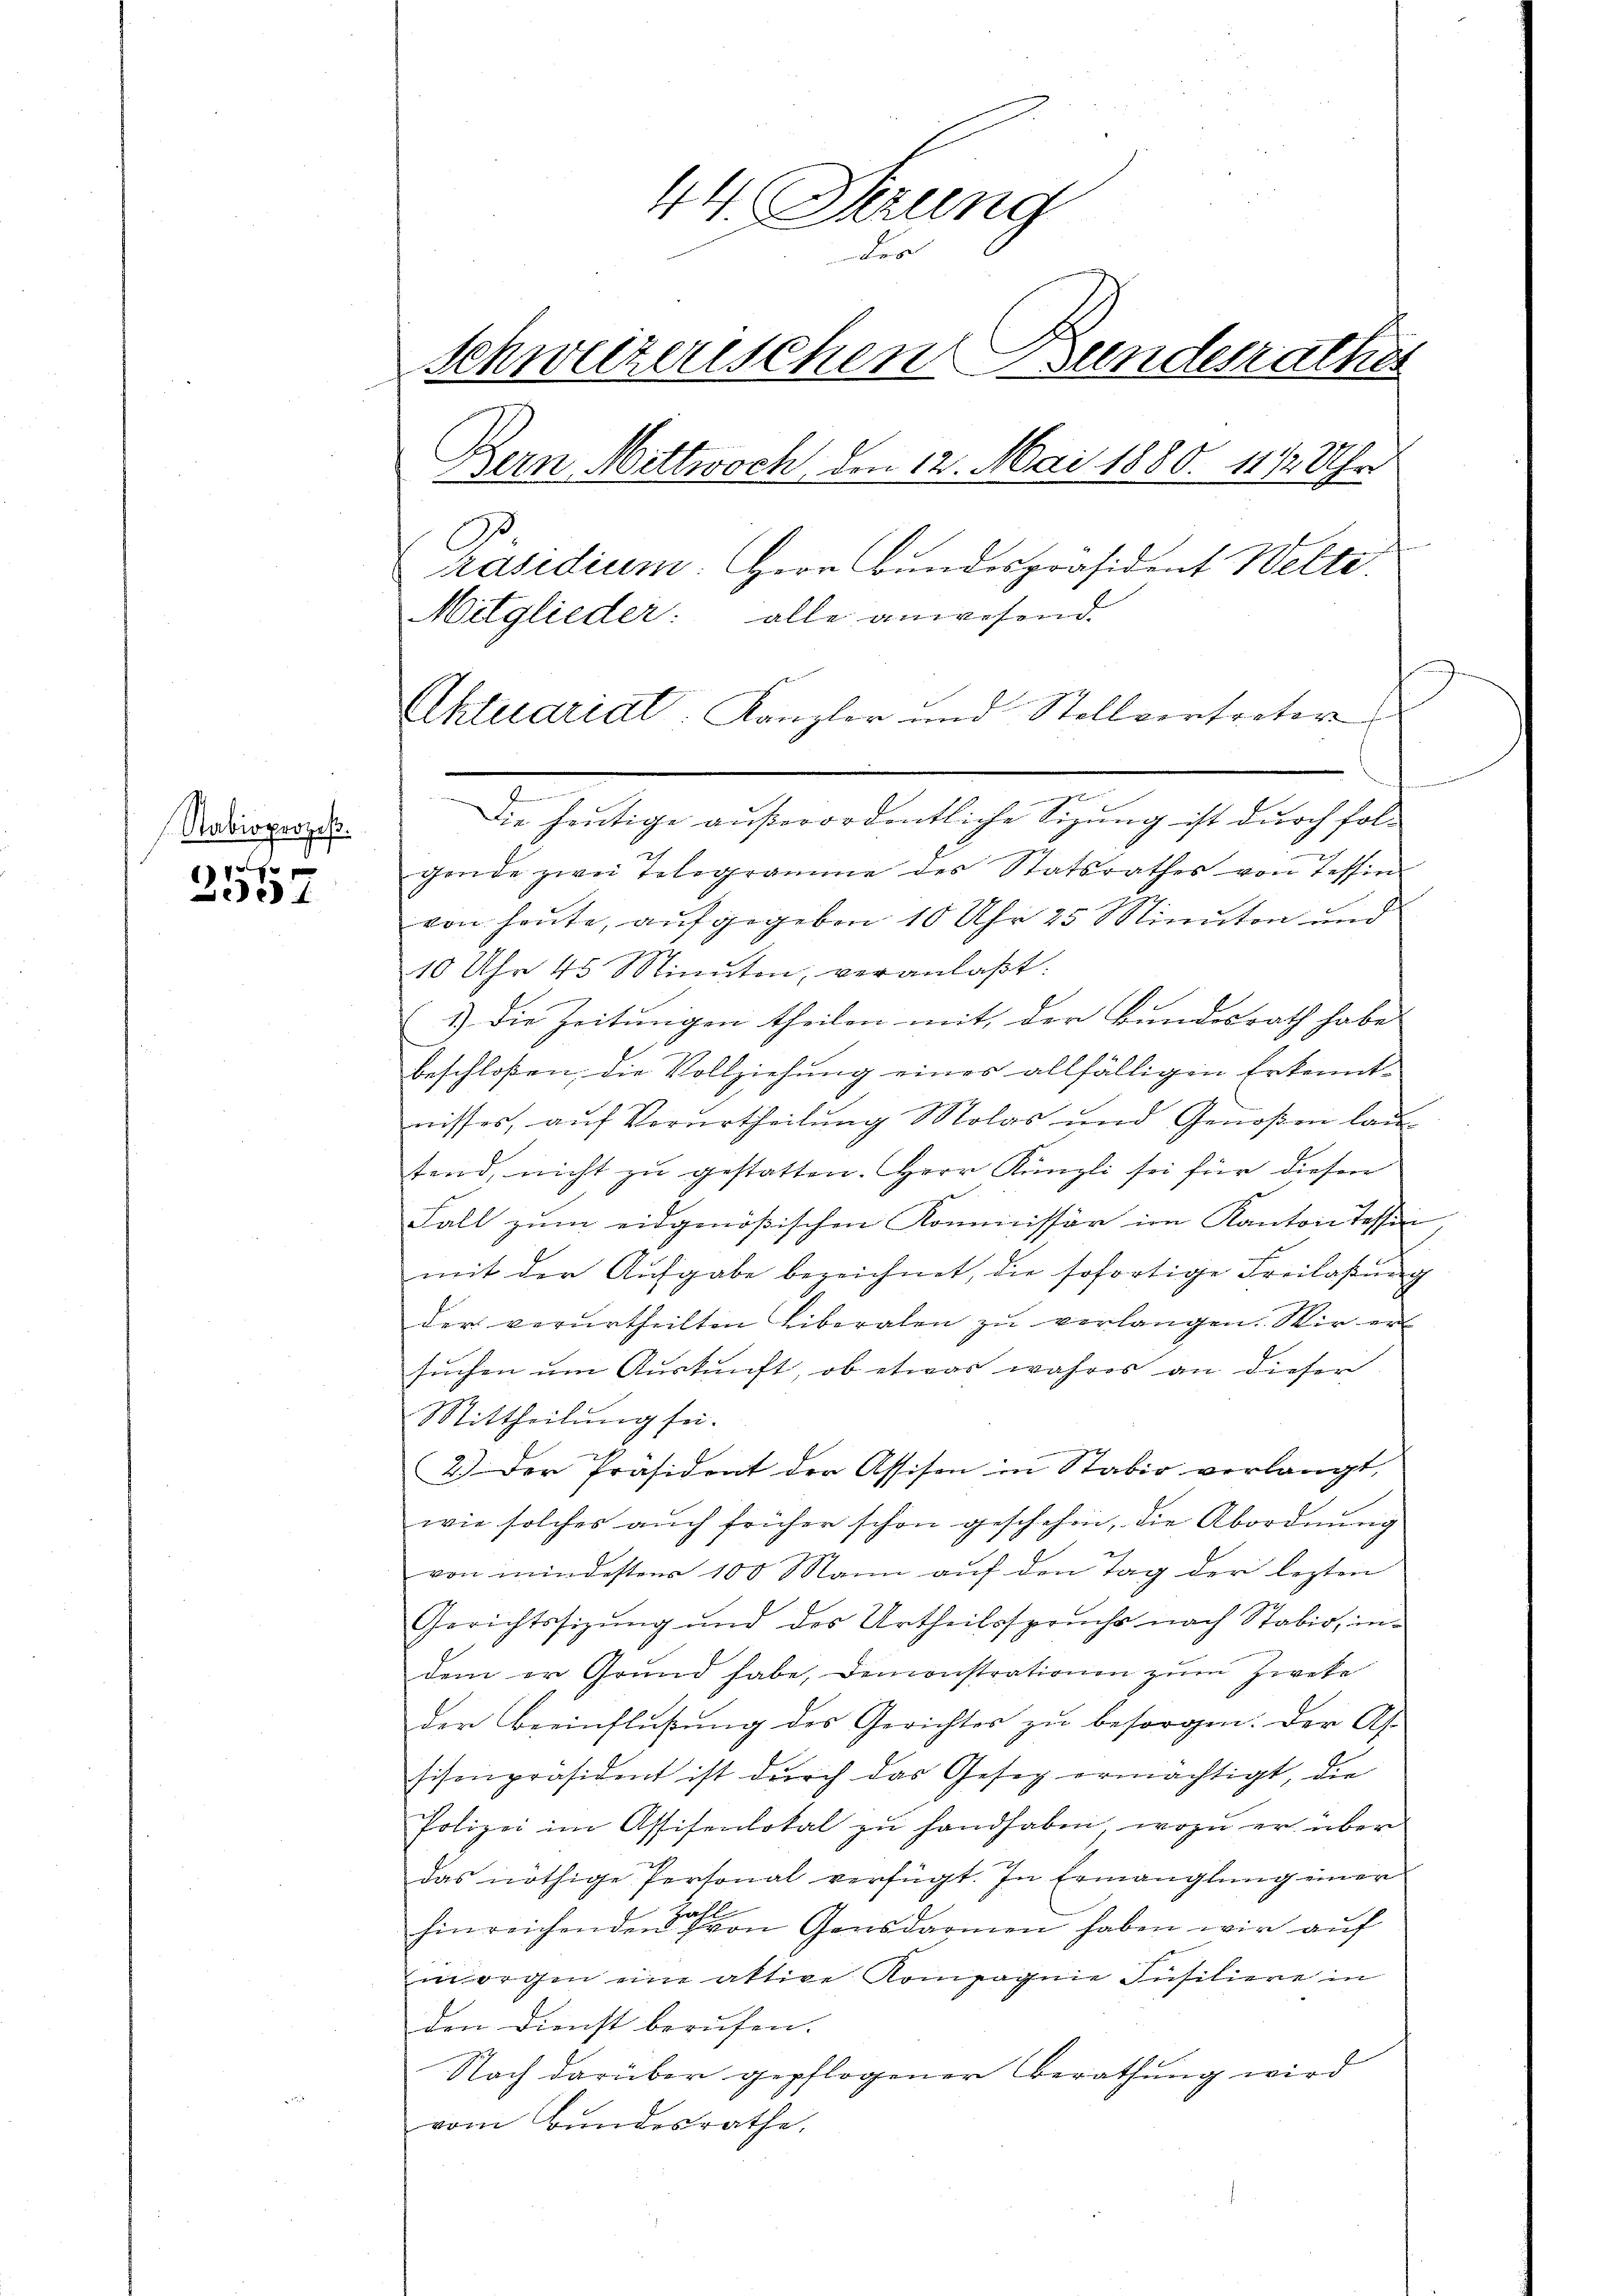
Nabioprozeß.
1

Seed

44. Ferung
des
Schweizerischen Bundesrathes
Bern Mittwoch, den 12. Mai 1880. 1112 Uhr
Präsidium. Herr Bundespräsident Welte
Mitglieder: alle anwesend.
Aktuariat Kanzler und Stellvertreter

Die heutige außerordentliche Sizung ist durch folgende zwei Telegramme des Statsrathes von Tessin
von heute, aufgegeben 10 Uhr 25 Minuten und
10 Uhr 45 Minuten, veranlaßt:
1.) Die Zeitungen theilen mit der Bundesrath habe
beschloßen, die Vollziehung eines allfälligen Erkenntnisses, auf Verurtheilung Molas und Genoßen lautend, nicht zu gestatten. Herr Künzli sei für dieser
Fall zum eidgenößischen Kommissär im Kanton Tessin,
mit der Aufgabe bezeichnet, die sofortige Freilaßung
der verurtheilten Liberalen zu verlangen. Wir er
suchen um Auskunft, ob etwas wahres an dieser
Mittheilung sei.
2.) Der Präsident der Assisen in Stabio verlangt,
wie solches aŭch früher schon geschehen, die Abordnŭng
von mindestens 100 Mann auf den Tag der lezten
Gerichtssizung und des Urtheilsspruche nach Stabio, indem er Grund habe, Demonstrationen zum Zweke
der Beeinflŭβŭng des Gerichter zŭ besorgen. Der As-
Eisenpräsident ist durch das Gesez ermächtigt, die
Polizei im Affisenlokal zu handhaben, wozu er über
das nöthige Personal verfügt. In Ermanglung einer
Traf
hinreichenden von Gensdarmen haben wir auf
morgen eine aktive Kompagnie Füsiliere in
den Dienst berufen.
Nach darüber gepflogener Berathung wird
vom Bundesrathe,